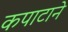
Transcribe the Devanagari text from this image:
कपाटाने